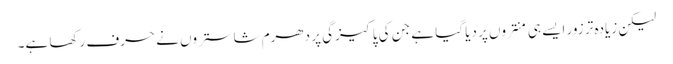
لیکن زیادہ تر زور ایسے ہی منتروں پر دیا گیا ہے جن کی پاکیزگی پر دھرم شاستروں نے حرف رکھا ہے۔